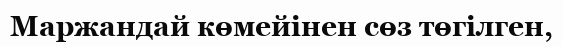
Маржандай көмейінен сөз төгілген,